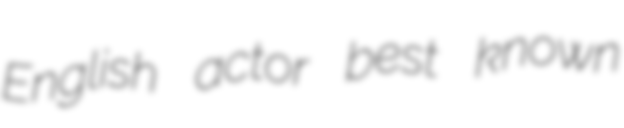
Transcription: English actor best known